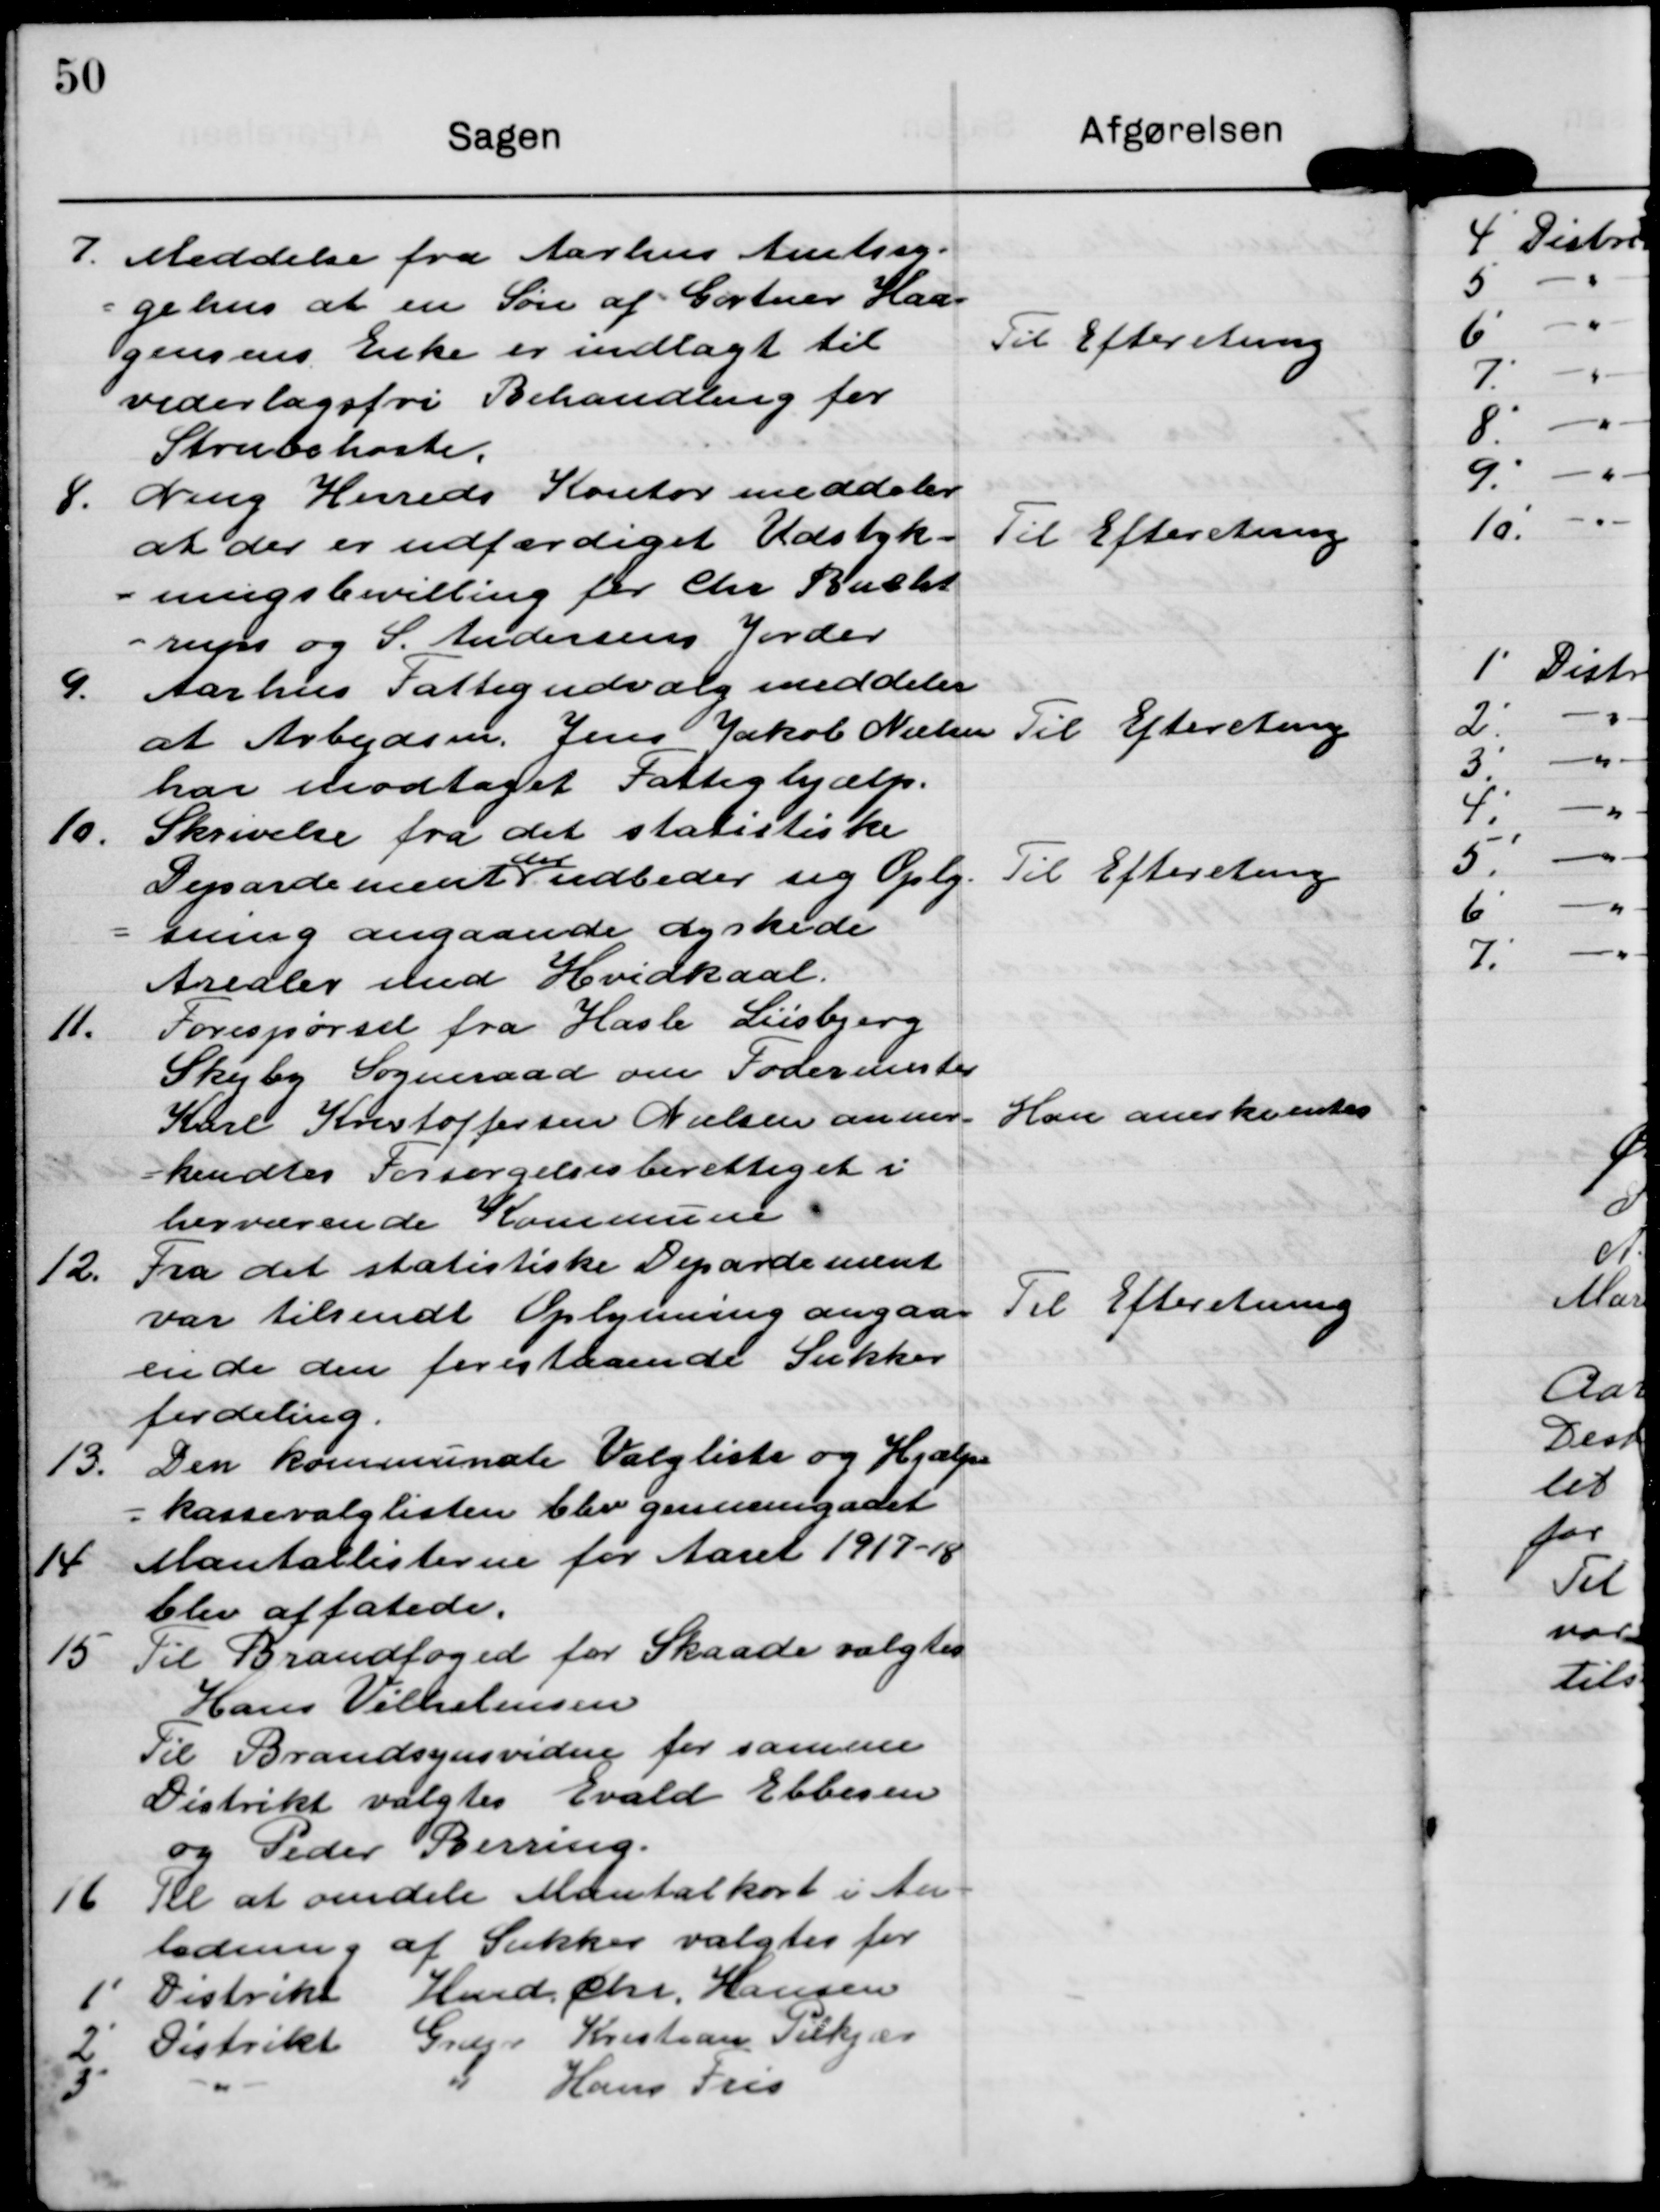
Transskription:
I. Meddelse fra Aarhus Amtssg.
gelus at en Søn af Gartner Kaa-
gensens Erke er indlagt til
vederlagsfri Behandling for
Strubshoste

Til Efterretning

S. Ning Herreds Kontor meddeler
at der er udfærdiget Udstyk-
ningsbevilling for Chr Rucht
rups og S. Andersens Jorder

Til Efterretning

9 Aarhus Fattigudvalg meddeler
at Arbejdsen. Jens Jakob Nielsen
har odtaget Fattighjælp.

Til Efterretning

10. Skrivelse fra det statistiske
Denærdementudbedes sig Oply
ening angaaende dyrkede
Aredler med Hvidkaal.

Til Efteretning

11. Forespørsel fra Hasle Lisbjerg
Skuby Sogneraad om Foderenester
Kare Kvirtoffersen Nielsen aner-
kendtes Forsørgelsesberettiget i
herværende Kommune.

Han aneskemtes

12. Fra det statistiske Depardiment
var tilsendt Oplyning angaa
en de den forestaaende Sukker
fordeling.

Til Efterretning

13. Den kommunale Valgliste og Hjælp
=kassevalglisten Elev gennemgaaet

14 Mantallisterne for Aaret 1917-18
Elev affatede.

15 Til Brandfoged for Skaade valgtes
Hans Vilhelmsen
Til Brandsynsvidne for samme
Distrikt valgtes Evald Elbesen
og Peder Rering.

16 Kl at oendele Mantalkort i Ar
ledning af Sukkes valgtes for
1 Distrikt Hmd. Chr. Hansen
2' Distrikt Grugr Kristian Tilkjær
3 " " Hans Pris